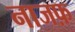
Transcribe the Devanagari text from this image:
नाजफ़